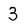
Character: 3